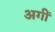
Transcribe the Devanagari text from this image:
अगीं